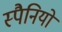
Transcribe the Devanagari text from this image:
स्पैनियों